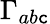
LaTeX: \Gamma_{ab\mathtt{c}}